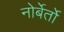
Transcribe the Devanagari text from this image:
नोर्बेर्तो